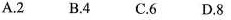
A.2 B.4 C.6 D.8